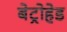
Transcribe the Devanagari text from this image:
बेट्रोहेड